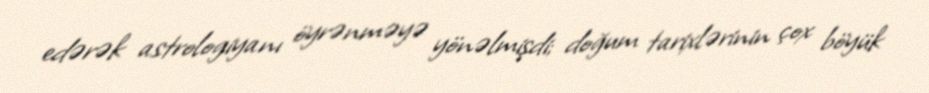
edərək astrologiyanı öyrənməyə yönəlmişdi; doğum tarixlərinin çox böyük